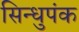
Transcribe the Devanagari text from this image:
सिन्धुपंक